Indian journal of veterinary science and animal husbandry - Volume 6,
Year: 1936
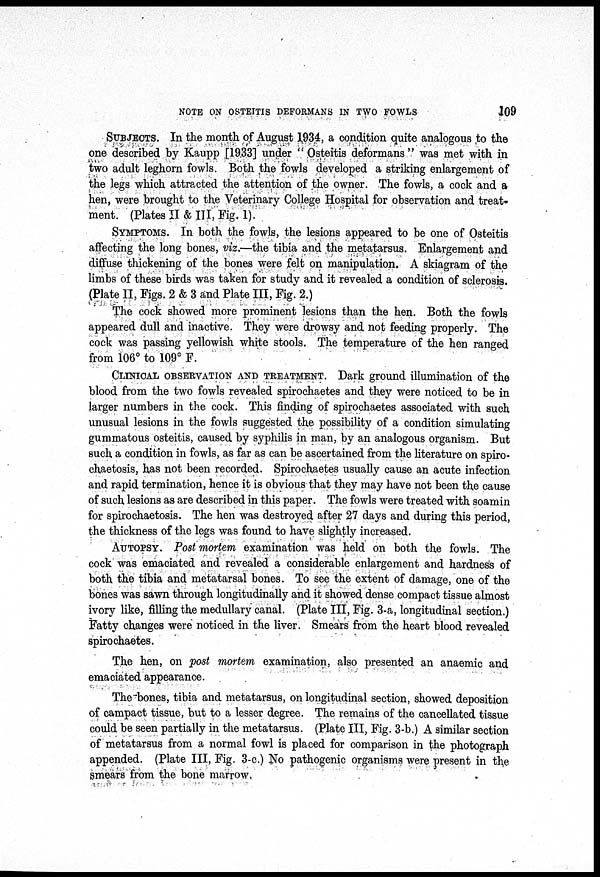
NOTE ON OSTEITIS DEFORMANS IN TWO FOWLS
109
SUBJECTS. In the month of August 1934, a condition quite analogous to the
one described by Kaupp [1933] under "Osteitis deformans" was met with in
two adult leghorn fowls. Both the fowls developed a striking enlargement of
the legs which attracted the attention of the owner. The fowls, a cock and a
hen, were brought to the Veterinary College Hospital for observation and treat-
ment. (Plates II & III, Fig. 1).
SYMPTOMES. In both the fowls, the lesions appeared to be one of Osteitis
affecting the long bones, viz.—the tibia and the metatarsus. Enlargement and
diffuse thickening of the bones were felt on manipulation. A skiagram of the
limbs of these birds was taken for study and it revealed a condition of sclerosis.
(Plate II, Figs. 2 & 3 and Plate III, Fig. 2.)
The cock showed more prominent lesions than the hen. Both the fowls
appeared dull and inactive. They were drowsy and not feeding properly. The
cock was passing yellowish white stools. The temperature of the hen ranged
from 106° to 109° F.
CLINICAL OBSERVATION AND TREATMENT. Dark ground illumination of the
blood from the two fowls revealed spirochaetes and they were noticed to be in
larger numbers in the cock. This finding of spirochaetes associated with such
unusual lesions in the fowls suggested the possibility of a condition simulating
gummatous osteitis, caused by syphilis in man, by an analogous organism. But
such a condition in fowls, as far as can be ascertained from the literature on spiro-
chaetosis, has not been recorded. Spirochaetes usually cause an acute infection
and rapid termination, hence it is obvious that they may have not been the cause
of such lesions as are described in this paper. The fowls were treated with soamin
for spirochaetosis. The hen was destroyed after 27 days and during this period,
the thickness of the legs was found to have slightly increased.
AUTOPSY. Post mortem examination was held on both the fowls. The
cock was emaciated and revealed a considerable enlargement and hardness of
both the tibia and metatarsal bones. To see the extent of damage, one of the
bones was sawn through longitudinally and it showed dense compact tissue almost
ivory like, filling the medullary canal. (Plate III, Fig. 3-a, longitudinal section.)
Fatty changes were noticed in the liver. Smears from the heart blood revealed
spirochaetes.
The hen, on post mortem examination, also presented an anaemic and
emaciated appearance.
The bones, tibia and metatarsus, on longitudinal section, showed deposition
of campact tissue, but to a lesser degree. The remains of the cancellated tissue
could be seen partially in the metatarsus. (Plate III, Fig. 3-b.) A similar section
of metatarsus from a normal fowl is placed for comparison in the photograph
appended. (Plate III, Fig. 3-c.) No pathogenic organisms were present in the
smears from the bone marrow,